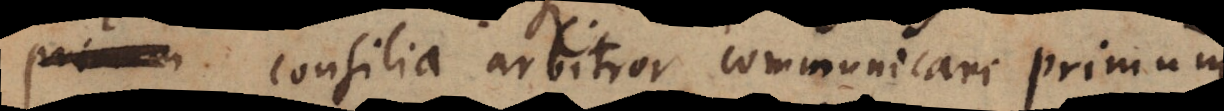
consilia arbitror communicari primum